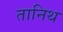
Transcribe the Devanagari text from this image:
तानिथ